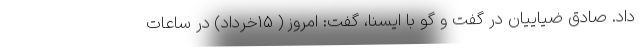
داد. صادق ضیاییان در گفت و گو با ایسنا، گفت: امروز ( ۱۵خرداد) در ساعات